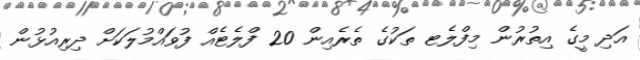
އަދި މީގެ އިތުރުން މިފްލެޓ ތަކުގެ ތެރެއިން 20 ފްލެޓެއް ފުވައްމުލަކަށް ދިރިއުޅުން